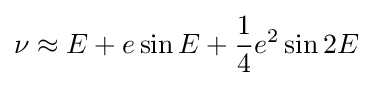
\nu \approx E+e\sin {E}+{\frac {1}{4}}e^{2}\sin {2E}